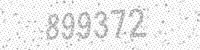
Solution: 899372